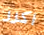
اكرر